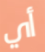
أي